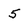
Character: 5